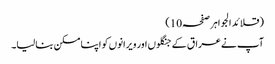
(قلائد الجواہر صفحہ10)
آپ نےعراق کے جنگلوں اور ویرانوں کو اپنا مسکن بنالیا۔